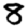
Digit: 8